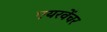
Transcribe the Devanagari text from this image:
एयरवेंचर